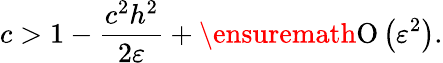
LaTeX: c>1-\frac{c^{2}h^{2}}{2\varepsilon}+\ensuremath{\operatorname{O}\left(\varepsilon^{2}\right)}.